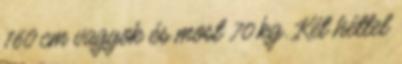
160 cm vagyok és most 70 kg. Két héttel